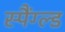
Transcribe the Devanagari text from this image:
स्पैंग्ल्ड